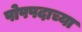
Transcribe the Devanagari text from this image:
पोपपदाच्या